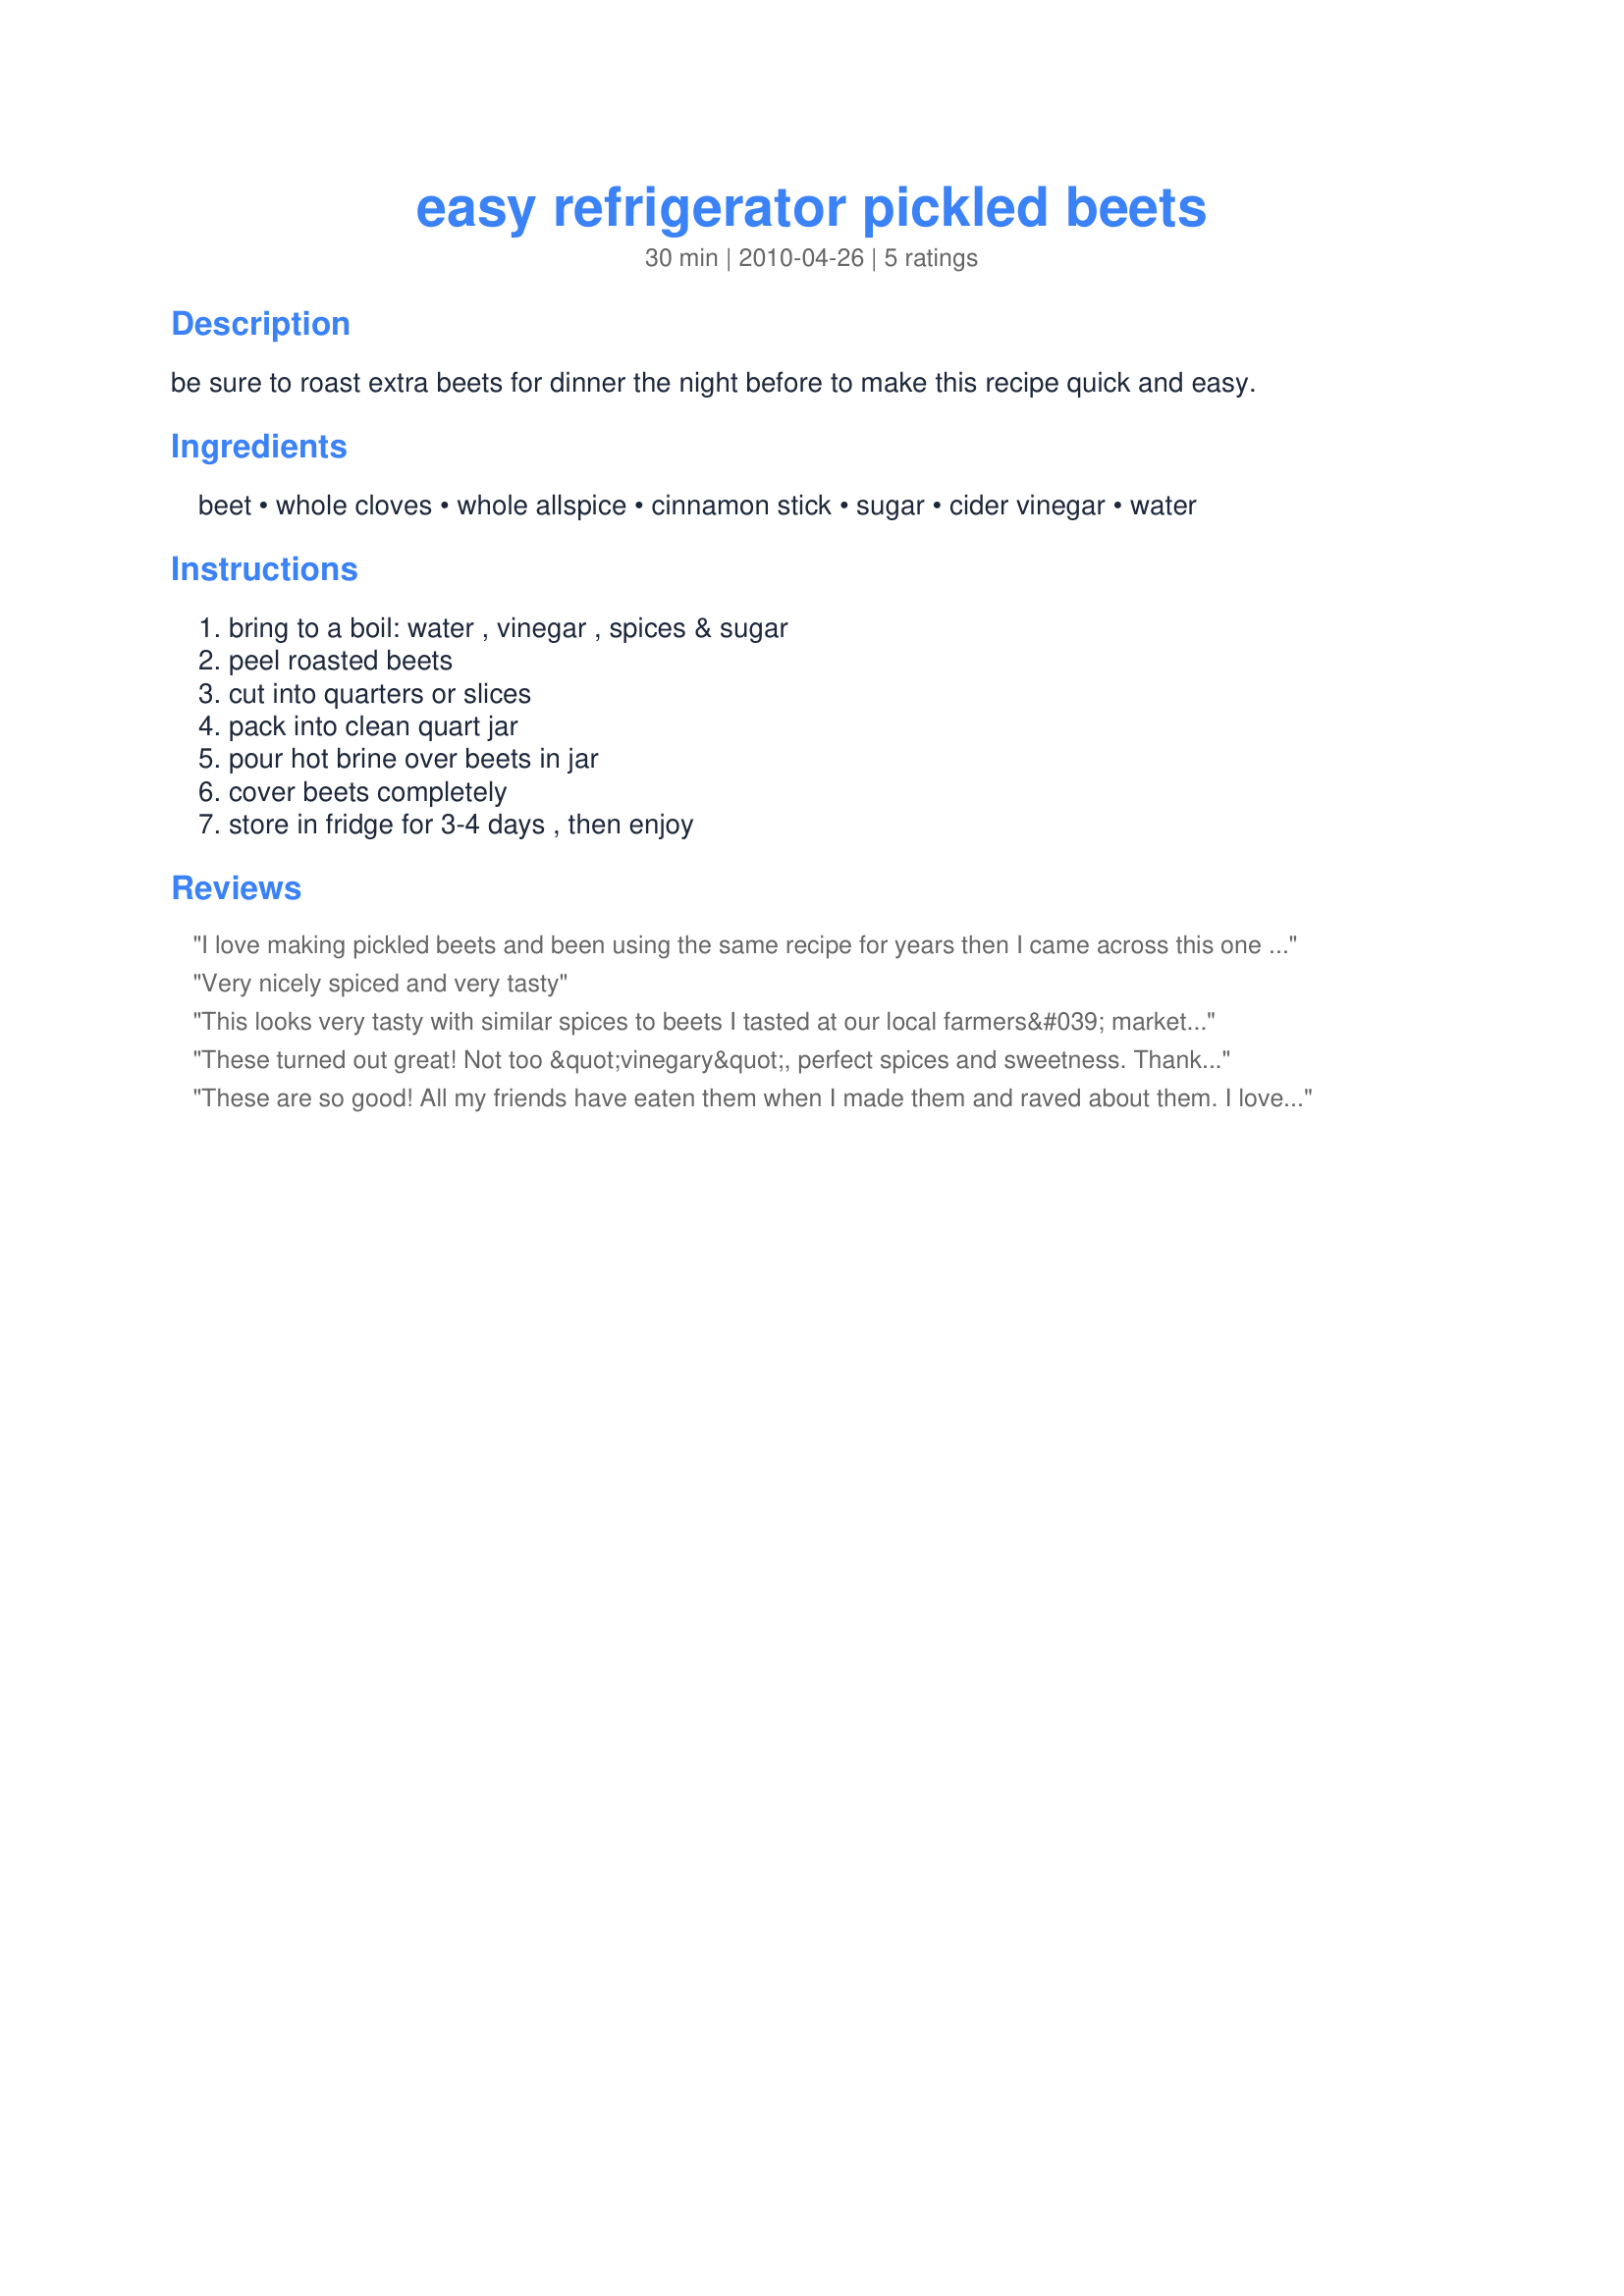
easy refrigerator pickled beets
Preparation time: 30 minutes

be sure to roast extra beets for dinner the night before to make this recipe quick and easy.

Ingredients:
beet, whole cloves, whole allspice, cinnamon stick, sugar, cider vinegar, water

Steps:
bring to a boil: water , vinegar , spices & sugar, peel roasted beets, cut into quarters or slices, pack into clean quart jar, pour hot brine over beets in jar, cover beets completely, store in fridge for 3-4 days , then enjoy

Reviews:
I love making pickled beets and been using the same recipe for years then I came across this one thought I&#039;d give it a try. Wow Im glad I did...love the taste spices are perfect. Thanks for sharing.
Very nicely spiced and very tasty
This looks very tasty with similar spices to beets I tasted at our local farmers&#039; market. I am roasting beets tonight and have pickled beets on the menu for Wednesday, so this is perfect timing!
These turned out great! Not too &quot;vinegary&quot;, perfect spices and sweetness. Thank you for sharing. A new/old staple in my refrigerator without canning a huge batch.
These are so good! All my friends have eaten them when I made them and raved about them. I love them and make them every chance I get.
